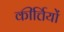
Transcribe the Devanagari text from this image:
कीर्त्तियों